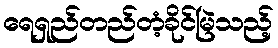
ရေရှည်တည်တံ့ခိုင်မြဲသည့်